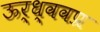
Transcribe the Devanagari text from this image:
ऊर्ध्ववप्र